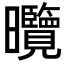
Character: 𭨕